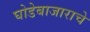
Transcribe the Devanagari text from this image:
घोडेबाजाराचे